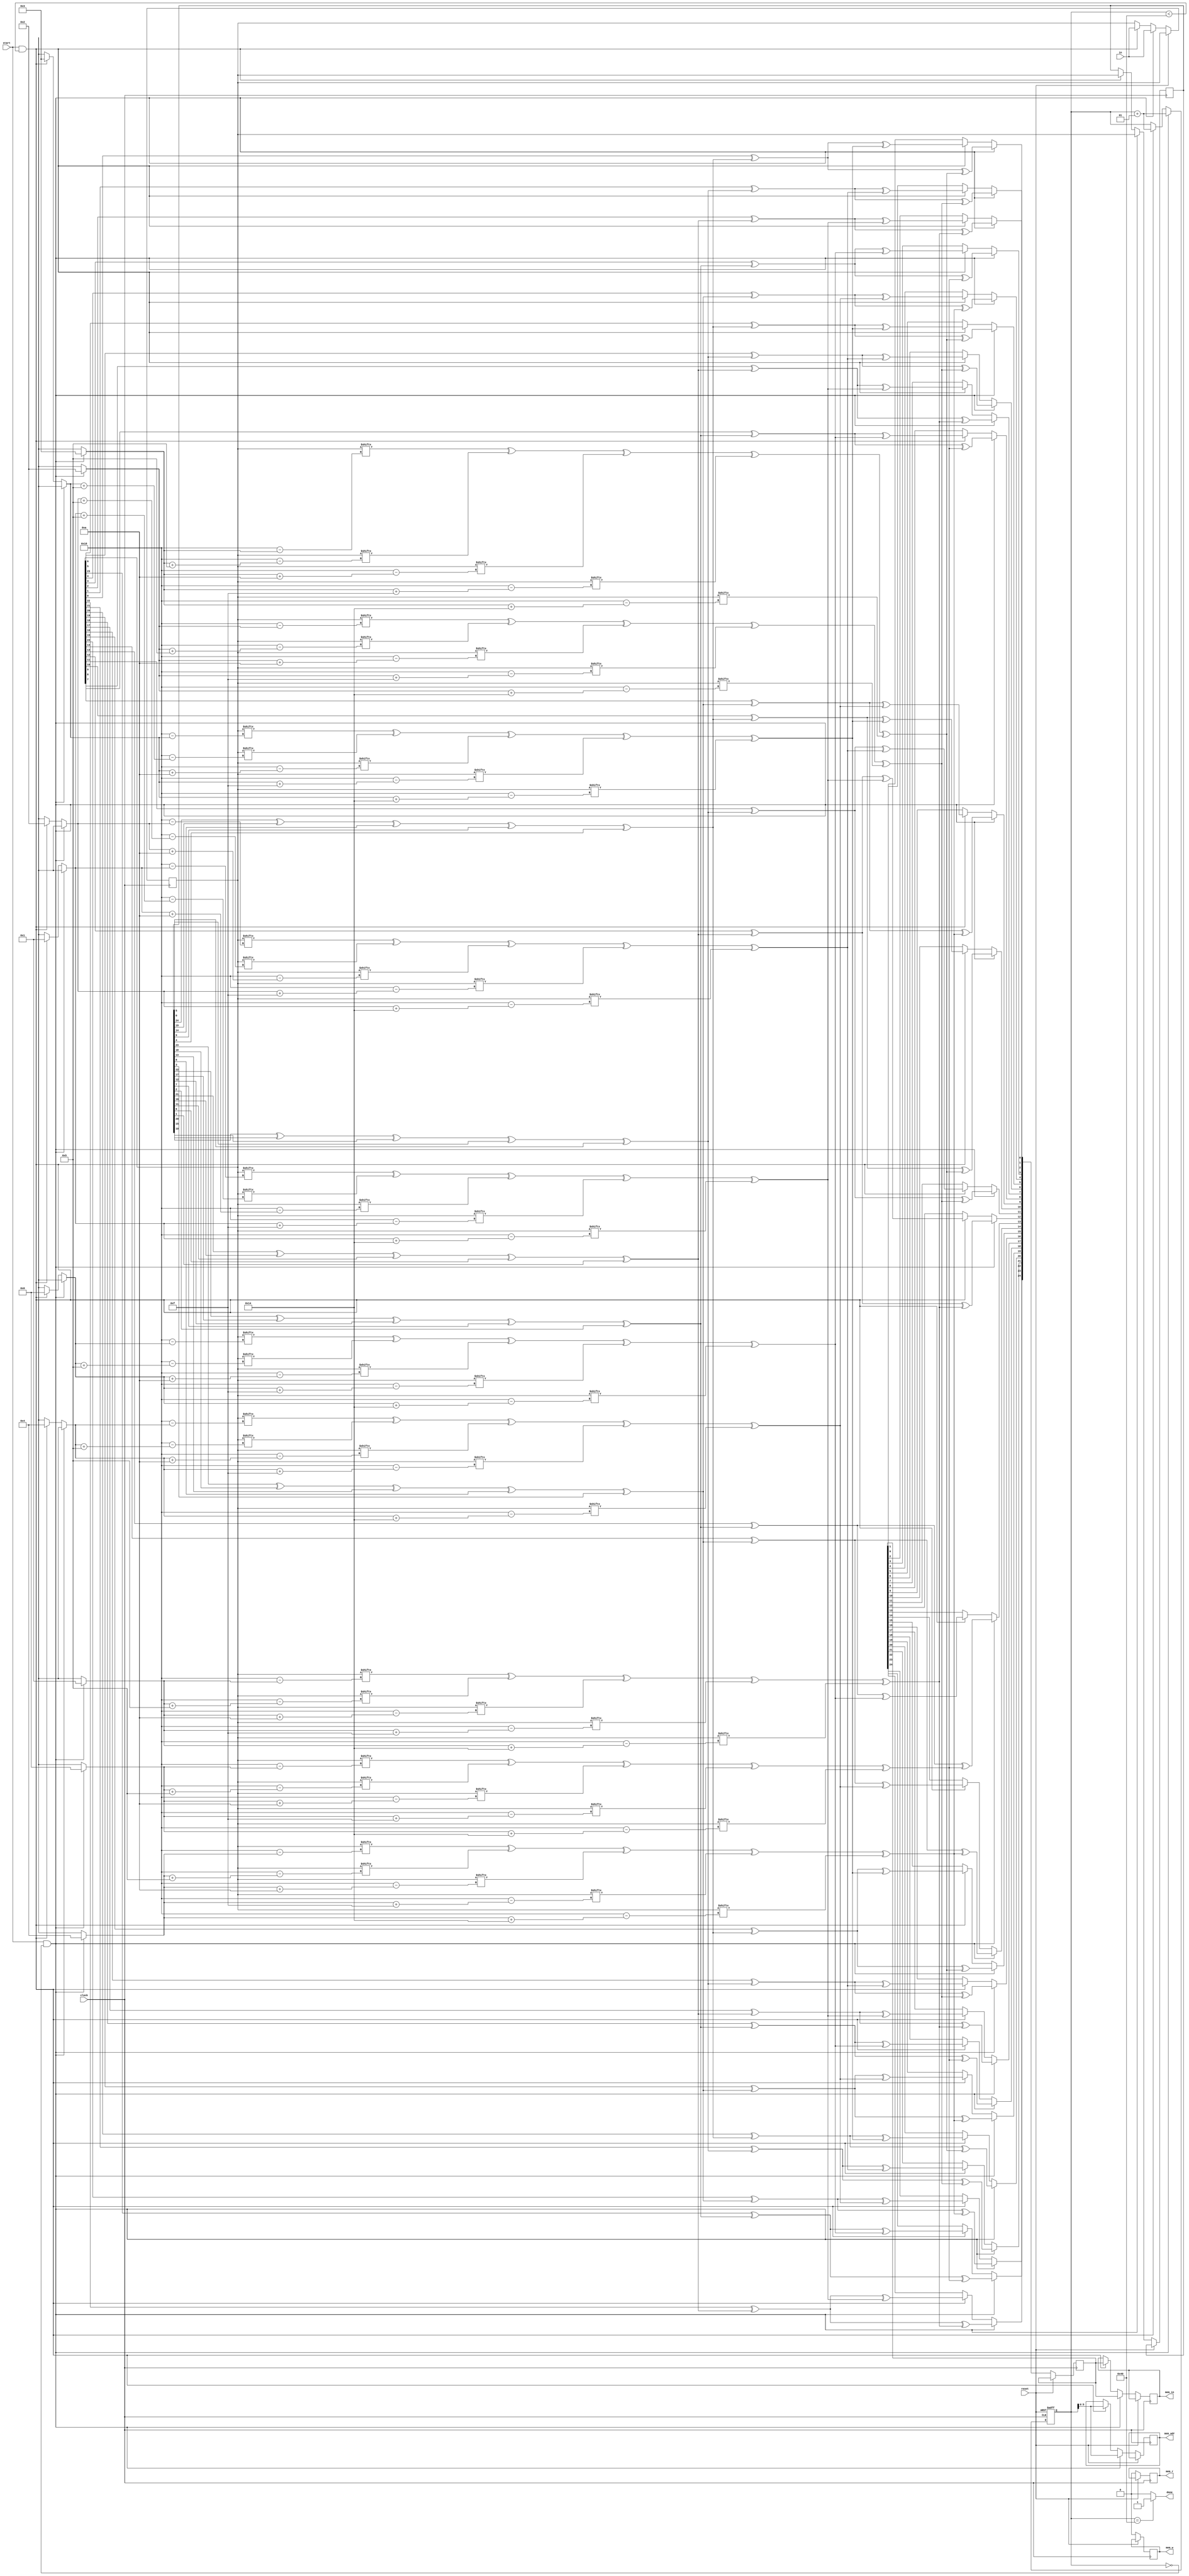
module Colparity 
(
    input [0:24] in,
    input start,
    input clock,
    input reset,
    output reg done,
    output reg [5:0] mem_adr,
    output reg [0:24] mem_in,
    output reg mem_r,
    output reg mem_w
);

integer i, x, y, prev_i, present_i, slice = 0;

reg [0:24] in_temp;
reg [0:24] prev_slice;
reg [0:24] present_slice;
reg x1, x2, x3;

always @(posedge clock, posedge reset) begin
    if (reset) begin
        slice = 0;
    end
    else if (start && slice == 0) begin
        mem_r = 1;
        mem_adr = 63;
        mem_w = 0;
        #1;
        prev_slice <= in;
        #1;
        mem_adr = slice;
        #1;
        present_slice <= in;
        #1;
        for (i = 0 ; i < 25 ; i = i + 1) begin 
            x = i % 5;
            present_i = (x - 1) % 5;
            if (present_i < 0) begin
                present_i = present_i + 5;
            end
            prev_i = (x + 1) % 5;

            x1 = present_slice[i];
            x2 = prev_slice[prev_i] ^ prev_slice[prev_i + 5] ^ 
                 prev_slice[prev_i + 10] ^ prev_slice[prev_i + 15] ^ prev_slice[prev_i + 20];

            x3 = present_slice[present_i] ^ present_slice[present_i + 5] ^ 
                 present_slice[present_i + 10] ^ present_slice[present_i + 15] ^ present_slice[present_i + 20];
            #1;
            in_temp[i] <= x1 ^ x2 ^ x3;
            #1;
        end

        #5;
        mem_r = 0;
        mem_w = 1;
        #1;
        mem_in = in_temp;
        #5;
        slice = slice + 1;
        #1;
        mem_r = 0;
        mem_w = 0;
        #1;
        prev_slice <= present_slice;
        #1;
    end

    else if (start && slice < 64) begin
        mem_r = 1;
        mem_w = 0;
        mem_adr = slice;
        #1;
        present_slice <= in;
        #1;
        for (i = 0 ; i < 25 ; i = i + 1) begin 
            x = i % 5;
            present_i = (x - 1) % 5;
            prev_i = (x + 1) % 5;
            if (present_i < 0) begin
                present_i = present_i + 5;
            end

            x1 = present_slice[i];
            x2 = prev_slice[prev_i] ^ prev_slice[prev_i + 5] ^ 
                 prev_slice[prev_i + 10] ^ prev_slice[prev_i + 15] ^ prev_slice[prev_i + 20];

            x3 = present_slice[present_i] ^ present_slice[present_i + 5] ^ 
                 present_slice[present_i + 10] ^ present_slice[present_i + 15] ^ present_slice[present_i + 20];
            #1;
            in_temp[i] <= x1 ^ x2 ^ x3;
            #1;
        end

        #5;
        mem_r = 0;
        mem_w = 1;
        #1;
        mem_in = in_temp;
        #5;
        slice = slice + 1;
        #1;
        mem_r = 0;
        mem_w = 0;
        #1;
        prev_slice <= present_slice;
        #1;
    end
    else begin
        mem_r = 0;
        mem_w = 0;
    end
end

assign done = (slice == 64) ? 1 : 0;
endmodule